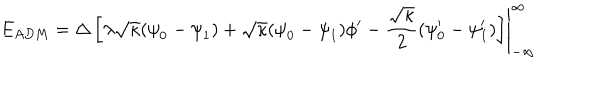
LaTeX: E _ { A D M } = \left. { \Delta } \left[ { \lambda } \sqrt { \kappa } ( { \psi } _ { 0 } - { \psi } _ { 1 } ) + \sqrt { \kappa } ( { \psi } _ { 0 } - { \psi } _ { 1 } ) { \phi } ^ { \prime } - \frac { \sqrt { \kappa } } { 2 } ( { \psi } _ { 0 } ^ { \prime } - { \psi } _ { 1 } ^ { \prime } ) \right] \right| _ { - \infty } ^ { \infty }